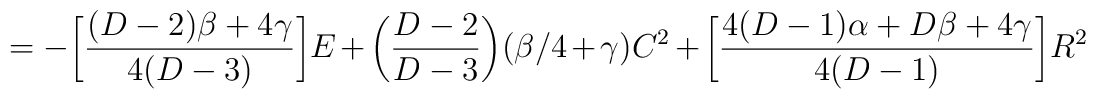
=-\bigg[\frac{(D-2)\beta+4\gamma}{4(D-3)}\bigg]E+\bigg(\frac{D-2}{D-3}\bigg)(\beta /4+\gamma)C^2+\bigg[\frac{4(D-1)\alpha+D\beta+4\gamma}{4(D-1)}\bigg]R^2 \\